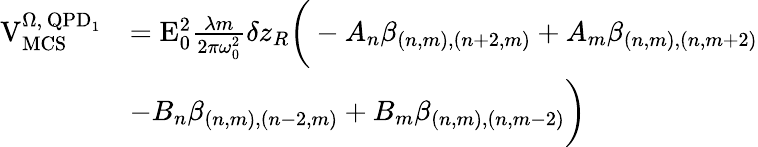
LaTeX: \begin{array}{rl}{\mathrm{V}_{\mathrm{MCS}}^{\Omega,\, \mathrm{QPD}_{1}}}&{=\mathrm{E}_{0}^{2}\frac{\lambda m}{2\pi\omega_{0}^{2}}\delta z_{R}\bigg(-A_{n}\beta_{(n,m),(n+2,m)}+A_{m}\beta_{(n,m),(n,m+2)}}\\ &{-B_{n}\beta_{(n,m),(n-2,m)}+B_{m}\beta_{(n,m),(n,m-2)}\bigg)}\end{array}